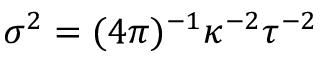
\sigma ^ { 2 } = ( 4 \pi ) ^ { - 1 } \kappa ^ { - 2 } \tau ^ { - 2 }